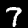
Digit: 7